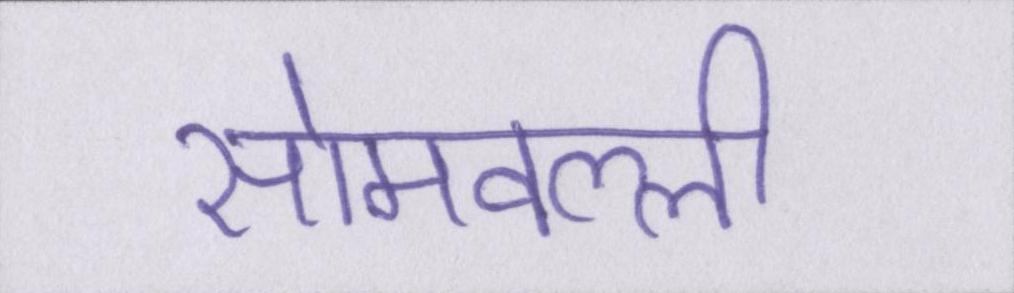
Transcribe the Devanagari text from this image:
सोमवल्ली